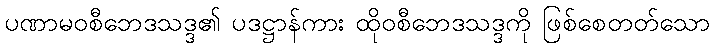
ပဏာမဝစီဘေဒသဒ္ဒ၏ ပဒဋ္ဌာန်ကား ထိုဝစီဘေဒသဒ္ဒကို ဖြစ်စေတတ်သော